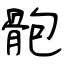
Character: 骲